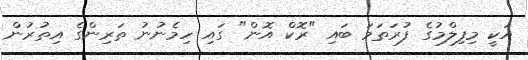
އަކީ މިފިލްމުގެ ފުރަތަމަ ބައި "ރޮކް އޮން" ގައި ހިމެނުނު ތަރިންގެ އިތުރުން